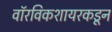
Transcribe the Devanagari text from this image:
वॉरविकशायरकडून